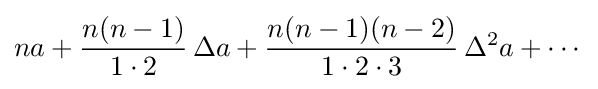
na+{\frac {n(n-1)}{1\cdot 2}}\,\Delta a+{\frac {n(n-1)(n-2)}{1\cdot 2\cdot 3}}\,\Delta ^{2}a+\cdots